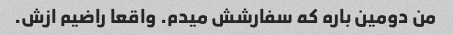
من دومین باره که سفارشش میدم. واقعا راضیم ازش.